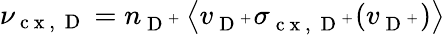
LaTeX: \nu_{\mathrm{~c~x~,~}\mathrm{~D~}}=n_{\mathrm{~D~}^{+}}\left\langle v_{\mathrm{~D~}^{+}}\sigma_{\mathrm{~c~x~,~}\mathrm{~D~}^{+}}(v_{\mathrm{~D~}^{+}})\right\rangle